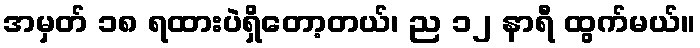
အမှတ် ၁၈ ရထားပဲရှိတော့တယ်၊ ည ၁၂ နာရီ ထွက်မယ်။